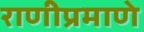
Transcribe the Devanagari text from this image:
राणीप्रमाणे